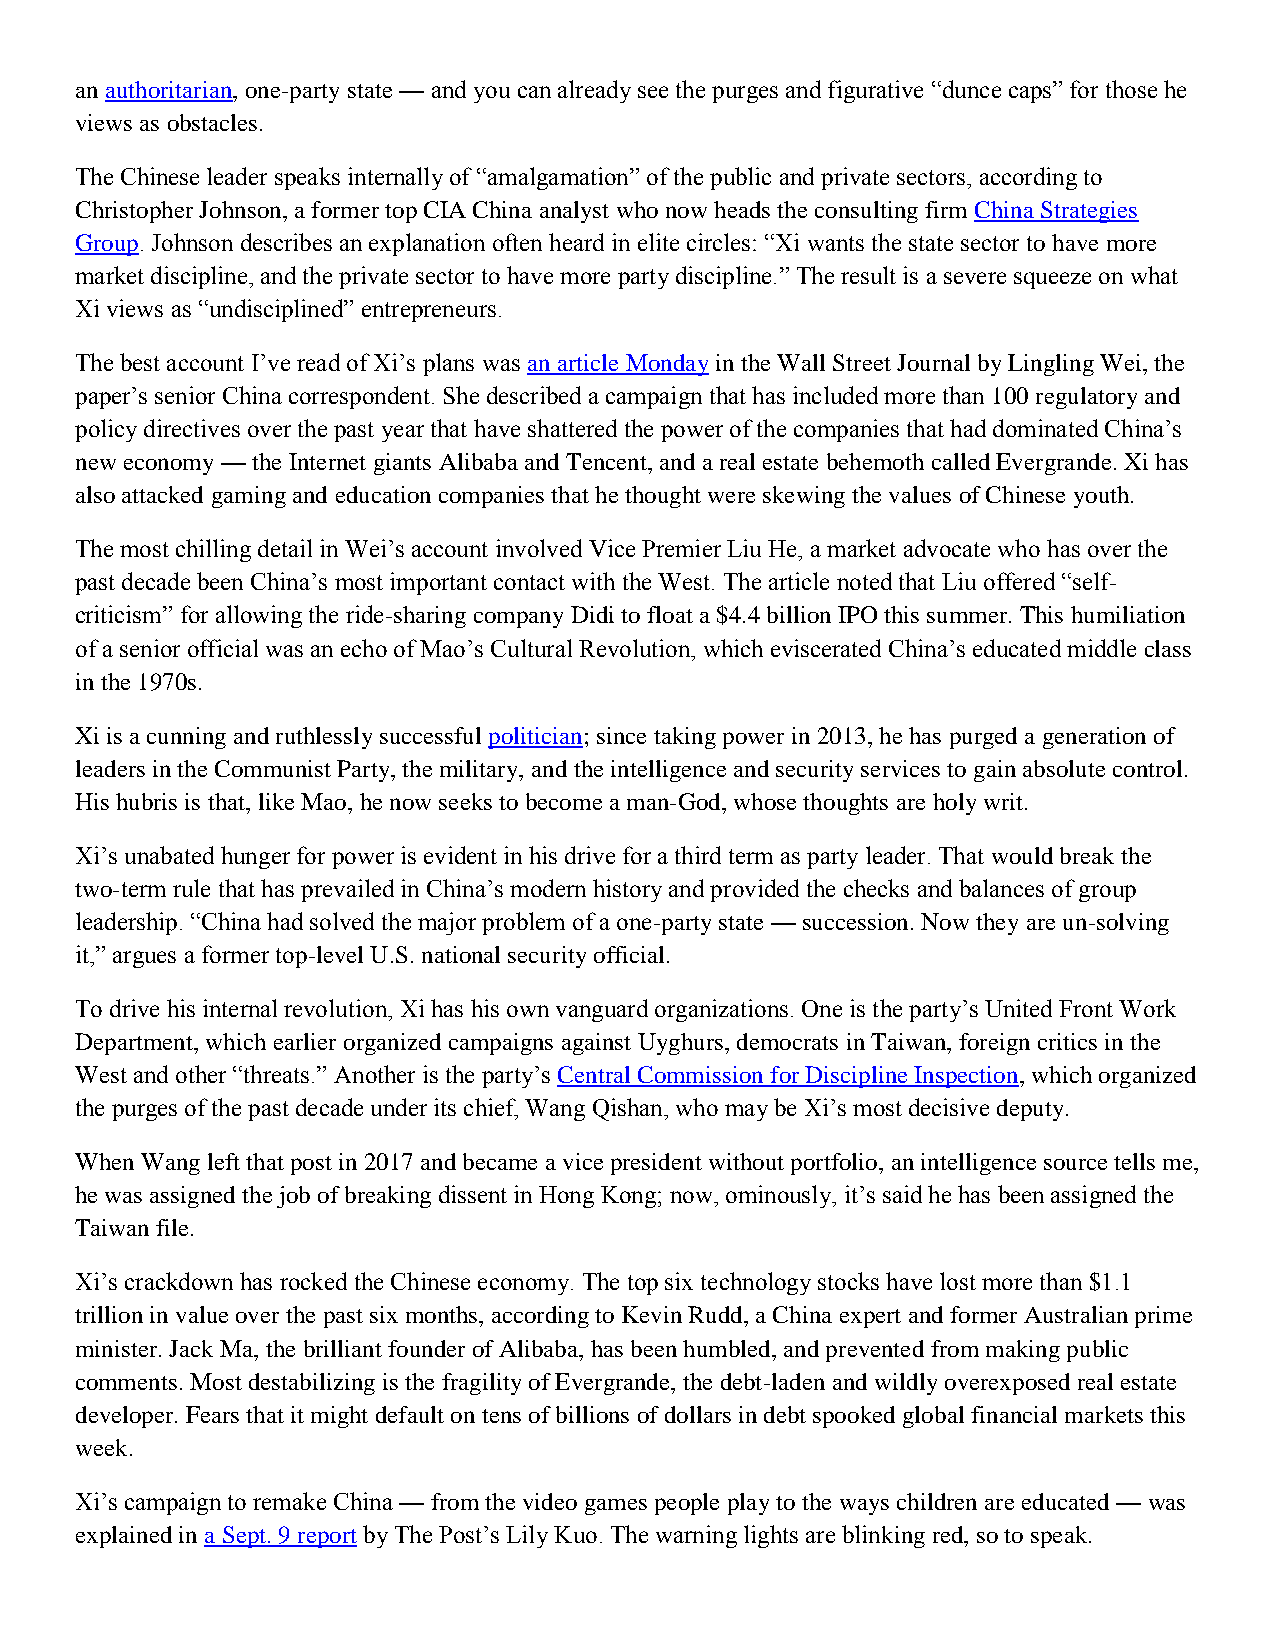
an authoritarian, one-party state — and you can already see the purges and figurative “dunce caps” for those he
 views as obstacles.
 The Chinese leader speaks internally of “amalgamation” of the public and private sectors, according to
 Christopher Johnson, a former top CIA China analyst who now heads the consulting firm China Strategies
 Group. Johnson describes an explanation often heard in elite circles: “Xi wants the state sector to have more
 market discipline, and the private sector to have more party discipline.” The result is a severe squeeze on what
 Xi views as “undisciplined” entrepreneurs.
 The best account I’ve read of Xi’s plans was an article Monday in the Wall Street Journal by Lingling Wei, the
 paper’s senior China correspondent. She described a campaign that has included more than 100 regulatory and
 policy directives over the past year that have shattered the power of the companies that had dominated China’s
 new economy — the Internet giants Alibaba and Tencent, and a real estate behemoth called Evergrande. Xi has
 also attacked gaming and education companies that he thought were skewing the values of Chinese youth.
 The most chilling detail in Wei’s account involved Vice Premier Liu He, a market advocate who has over the
 past decade been China’s most important contact with the West. The article noted that Liu offered “self-
 criticism” for allowing the ride-sharing company Didi to float a $4.4 billion IPO this summer. This humiliation
 of a senior official was an echo of Mao’s Cultural Revolution, which eviscerated China’s educated middle class
 in the 1970s.
 Xi is a cunning and ruthlessly successful politician; since taking power in 2013, he has purged a generation of
 leaders in the Communist Party, the military, and the intelligence and security services to gain absolute control.
 His hubris is that, like Mao, he now seeks to become a man-God, whose thoughts are holy writ.
 Xi’s unabated hunger for power is evident in his drive for a third term as party leader. That would break the
 two-term rule that has prevailed in China’s modern history and provided the checks and balances of group
 leadership. “China had solved the major problem of a one-party state — succession. Now they are un-solving
 it,” argues a former top-level U.S. national security official.
 To drive his internal revolution, Xi has his own vanguard organizations. One is the party’s United Front Work
 Department, which earlier organized campaigns against Uyghurs, democrats in Taiwan, foreign critics in the
 West and other “threats.” Another is the party’s Central Commission for Discipline Inspection, which organized
 the purges of the past decade under its chief, Wang Qishan, who may be Xi’s most decisive deputy.
 When Wang left that post in 2017 and became a vice president without portfolio, an intelligence source tells me,
 he was assigned the job of breaking dissent in Hong Kong; now, ominously, it’s said he has been assigned the
 Taiwan file.
 Xi’s crackdown has rocked the Chinese economy. The top six technology stocks have lost more than $1.1
 trillion in value over the past six months, according to Kevin Rudd, a China expert and former Australian prime
 minister. Jack Ma, the brilliant founder of Alibaba, has been humbled, and prevented from making public
 comments. Most destabilizing is the fragility of Evergrande, the debt-laden and wildly overexposed real estate
 developer. Fears that it might default on tens of billions of dollars in debt spooked global financial markets this
 week.
 Xi’s campaign to remake China — from the video games people play to the ways children are educated — was
 explained in a Sept. 9 report by The Post’s Lily Kuo. The warning lights are blinking red, so to speak.